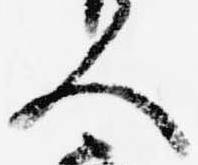
人